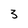
Character: 3